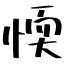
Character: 愞